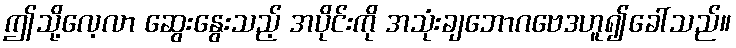
ဤသို့လေ့လာ ဆွေးနွေးသည့် အပိုင်းကို အသုံးချဘောဂဗေဒဟူ၍ခေါ်သည်။